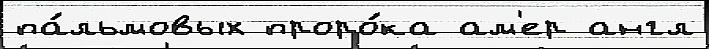
па́льмовых проро́ка ам'ер англ